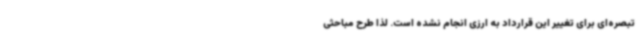
تبصره‌ای برای تغییر این قرارداد به ارزی انجام نشده است. لذا طرح مباحثی